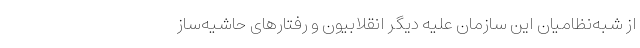
از شبه‌نظامیان این سازمان علیه دیگر انقلابیون و رفتارهای حاشیه‌ساز